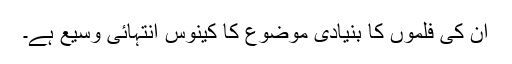
اُن کی فلموں کا بنیادی موضوع کا کینوس انتہائی وسیع ہے۔